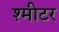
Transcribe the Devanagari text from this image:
श्मीटर